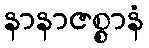
နာနာဇစ္စာနံ